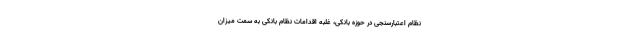
نظام اعتبارسنجی در حوزه بانکی، غلبه اقدامات نظام بانکی به سمت میزان